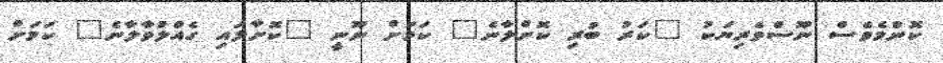
ކޮންމެވެސް ނޫސްވެރިޔަކު "ކަރު ބުރި ކޮށްލާނެ" ކަމަށް ނޫނީ "ކޮށާލައި ގެއްލުވާލާނެ" ކަމަށް